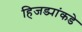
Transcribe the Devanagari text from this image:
हिजड्यांकडे